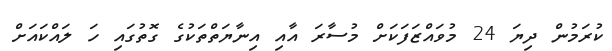
ކުރަމުން ދިޔަ 24 މުވައްޒަފަކަށް މުސާރަ އާއި އިނާޔަތްތަކުގެ ގޮތުގައި ހަ ލައްކައަށް